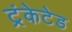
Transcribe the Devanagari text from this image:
ट्रंकेटेड